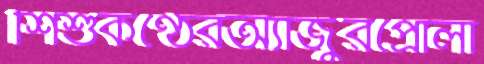
শিশুকণ্ঠেরঅ্যাজুরপ্রোলা